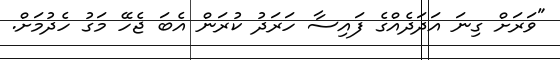
"ވަރަށް ގިނަ އަދަދެއްގެ ފައިސާ ހަރަދު ކުރަން އެބަ ޖެހޭ މަގު ހެދުމަށް.